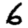
Digit: 6